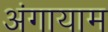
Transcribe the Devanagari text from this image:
अंगायाम